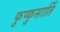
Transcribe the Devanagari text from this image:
फुप्फुसार्ति